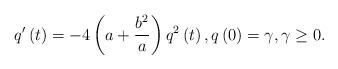
LaTeX: \begin{align*}q^{\prime }\left( t\right) =-4\left( a+\frac{b^{2}}{a}\right) q^{2}\left(t\right) ,q\left( 0\right) =\gamma ,\gamma \geq 0. \end{align*}